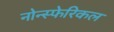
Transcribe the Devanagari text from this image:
नोन्स्फेरिकल